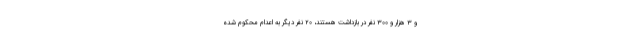
و ۳ هزار و ۳۰۰ نفر در بازداشت هستند، ۲۰ نفر دیگر به اعدام محکوم شده